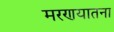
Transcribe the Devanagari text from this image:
मरणयातना